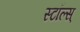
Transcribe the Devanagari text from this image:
स्टॉल्स्